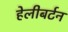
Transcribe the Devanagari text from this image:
हेलीबर्टन